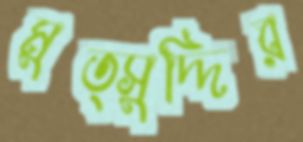
মুত্সুদ্দির